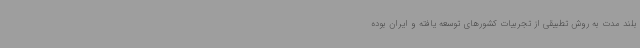
بلند مدت به روش تطبیقی از تجربیات کشورهای توسعه یافته و ایران بوده